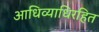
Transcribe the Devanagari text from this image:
आधिव्याधिरहित